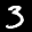
Label: 3